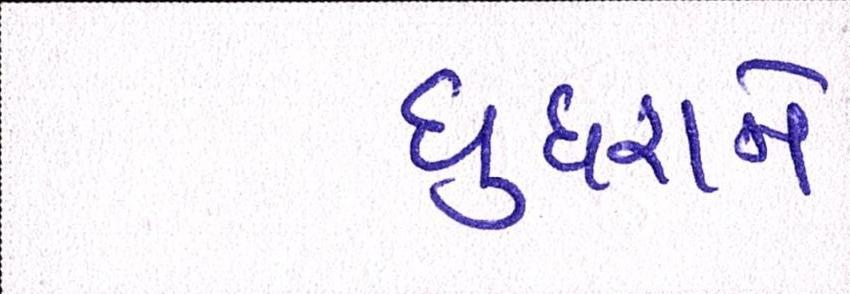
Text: ઘુઘરાને